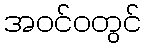
အဝင်ဝတွင်